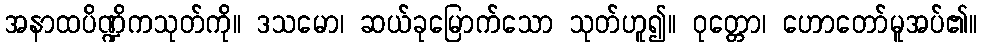
အနာထပိဏ္ဍိကသုတ်ကို။ ဒသမော၊ ဆယ်ခုမြောက်သော သုတ်ဟူ၍။ ဝုတ္တော၊ ဟောတော်မူအပ်၏။